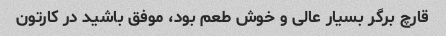
قارچ برگر بسیار عالی و خوش طعم بود، موفق باشید در کارتون